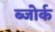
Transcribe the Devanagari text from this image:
ब्जोर्क